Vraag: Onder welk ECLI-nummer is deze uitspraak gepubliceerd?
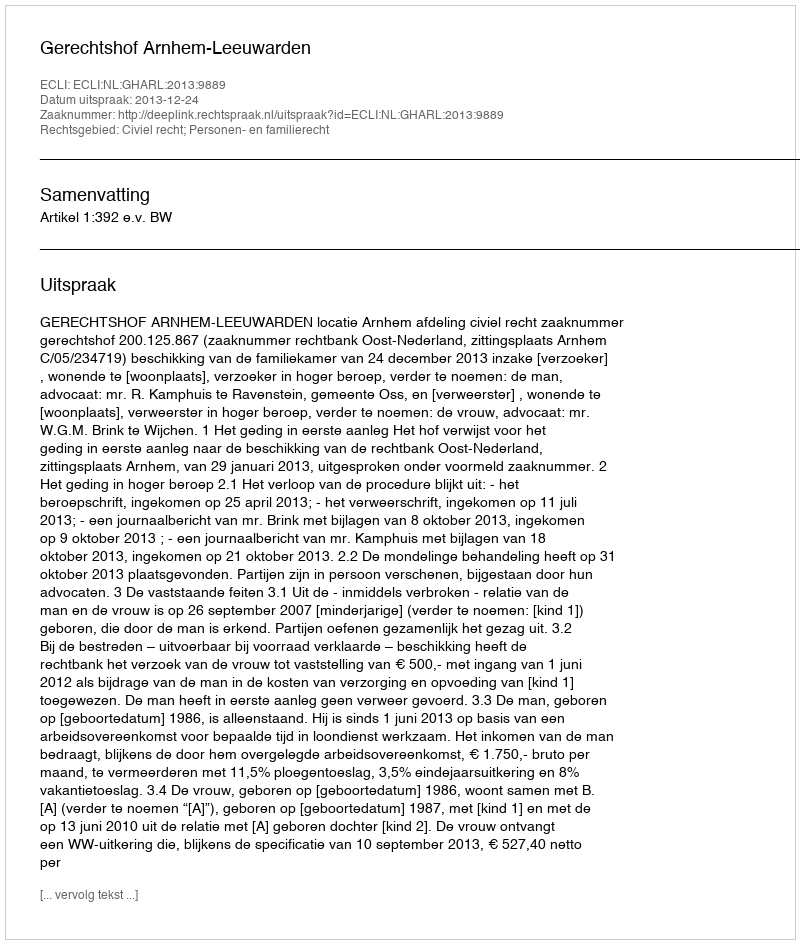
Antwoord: ECLI:NL:GHARL:2013:9889